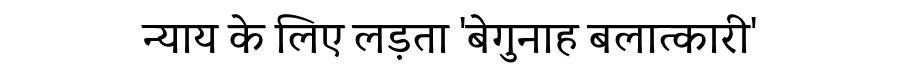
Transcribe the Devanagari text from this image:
न्याय के लिए लड़ता 'बेगुनाह बलात्कारी'